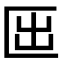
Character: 𠥱